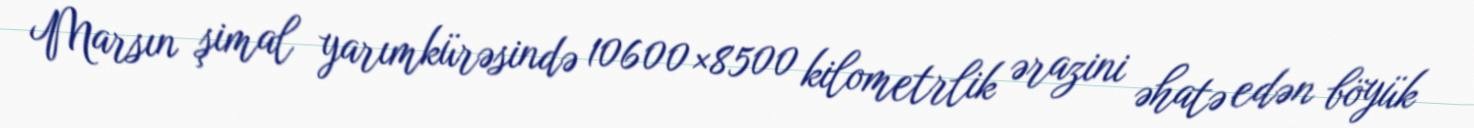
Marsın şimal yarımkürəsində 10600×8500 kilometrlik ərazini əhatə edən böyük